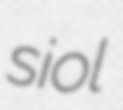
siol